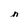
Character: n